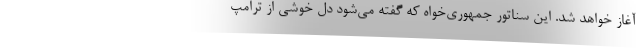
آغاز خواهد شد. این سناتور جمهوری‌خواه که گفته می‌شود دل خوشی از ترامپ